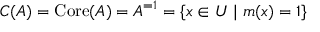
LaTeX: C ( A ) = \operatorname { C o r e } ( A ) = A ^ { = 1 } = \{ x \in U \mid m ( x ) = 1 \}